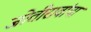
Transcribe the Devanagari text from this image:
जोतीरावांचा